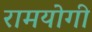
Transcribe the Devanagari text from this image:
रामयोगी